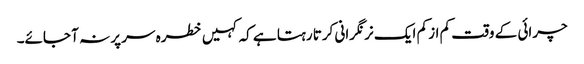
چرائی کے وقت کم از کم ایک نر نگرانی کرتا رہتا ہے کہ کہیں خطرہ سر پر نہ آ جائے۔